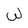
Character: W